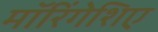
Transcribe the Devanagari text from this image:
मॉरिंगेशिए